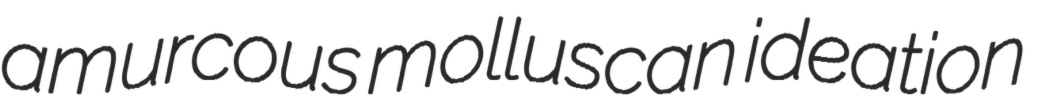
amurcous molluscan ideation